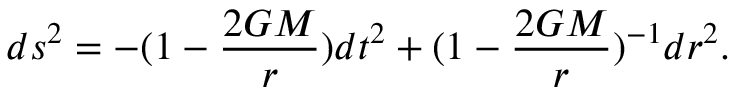
d s ^ { 2 } = - ( 1 - \frac { 2 G M } { r } ) d t ^ { 2 } + ( 1 - \frac { 2 G M } { r } ) ^ { - 1 } d r ^ { 2 } .